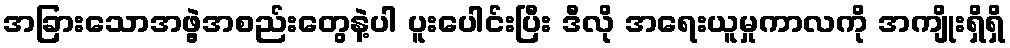
အခြားသောအဖွဲ့အစည်းတွေနဲ့ပါ ပူးပေါင်းပြီး ဒီလို အရေးယူမှုကာလကို အကျိုးရှိရှိ